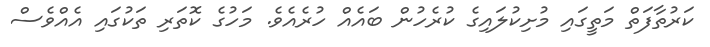
ކަރުތާފަތް މަތީގައި މުށިކުލައިގެ ކުރެހުން ބައެއް ހުރެއެވެ. މަހުގެ ކޮތަރި ތަކުގައި އެއްވެސް